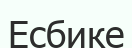
Есбике